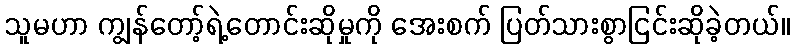
သူမဟာ ကျွန်တော့်ရဲ့တောင်းဆိုမှုကို အေးစက် ပြတ်သားစွာငြင်းဆိုခဲ့တယ်။